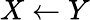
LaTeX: X\leftarrow Y